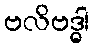
ဗလိဗဒ္ဓါ